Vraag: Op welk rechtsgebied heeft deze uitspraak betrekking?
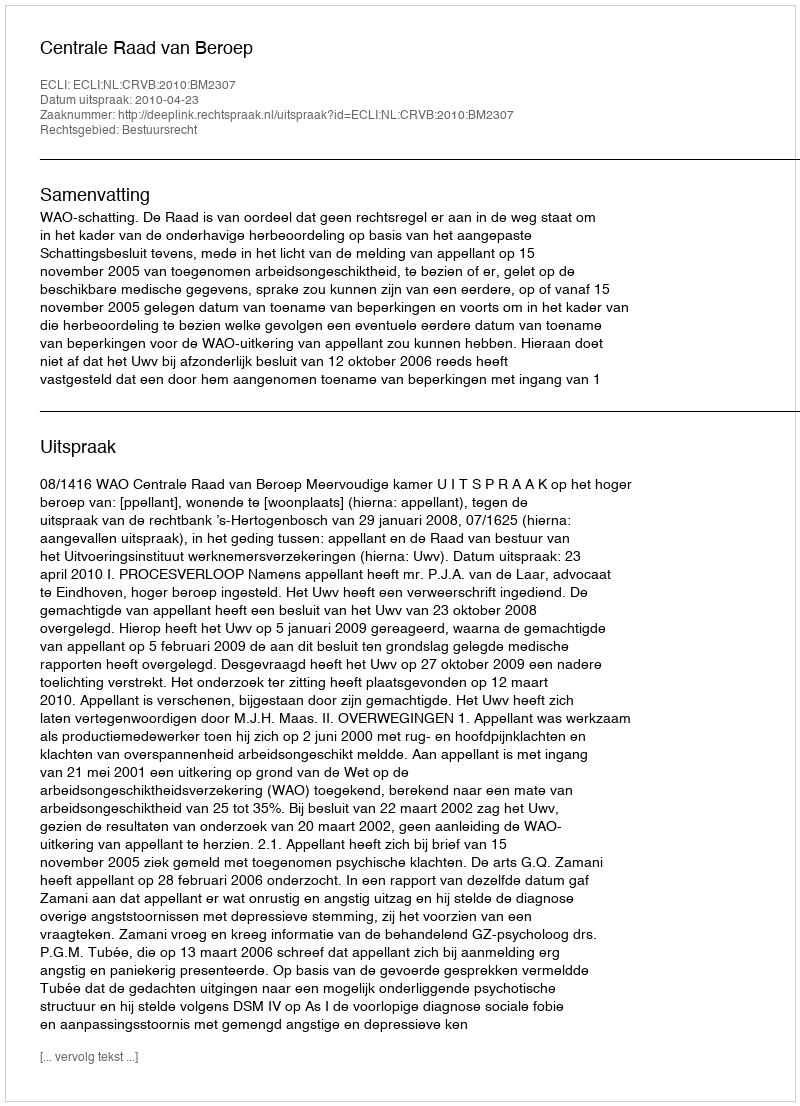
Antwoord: Bestuursrecht